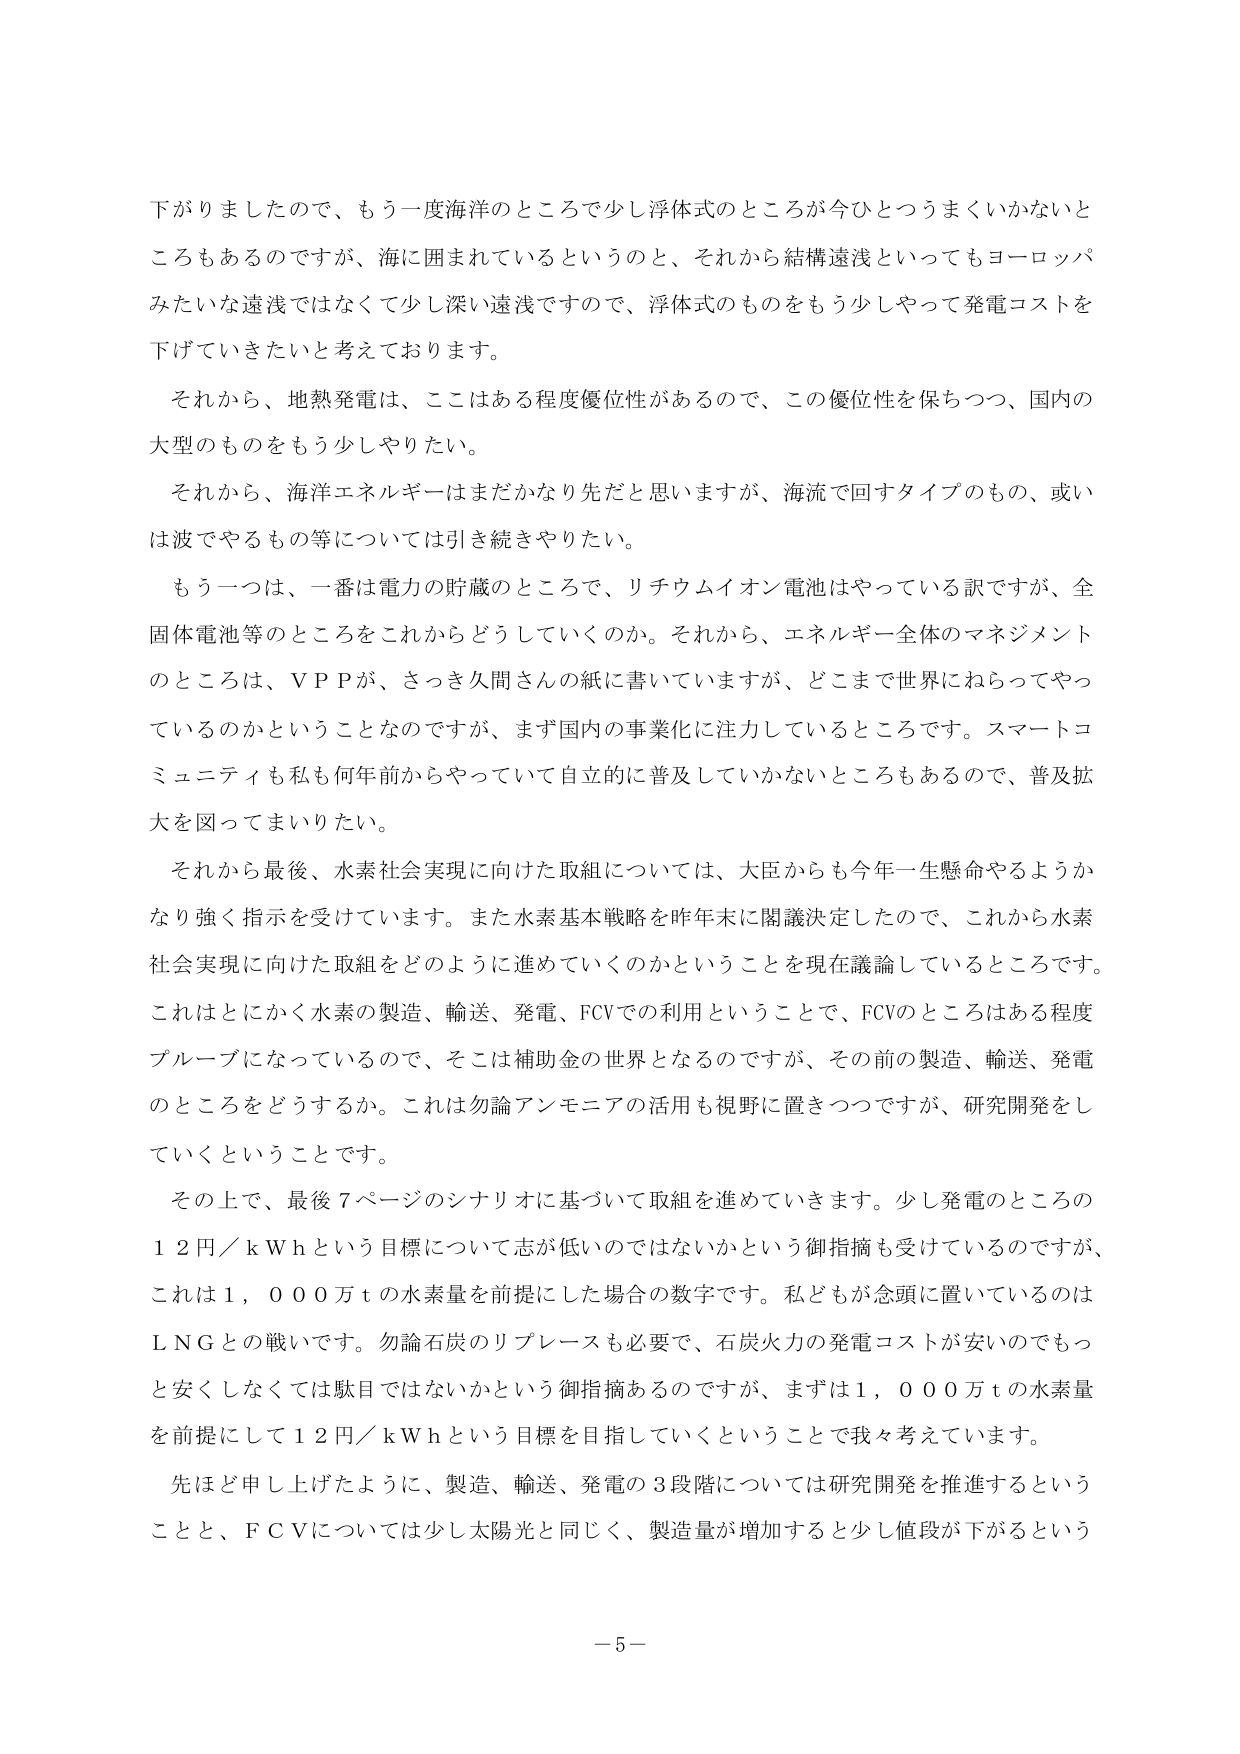
下がりましたので、もう一度海洋のところで少し浮体式のところが今ひとつうまくいかないところもあるのですが、海に囲まれているというのと、それから結構遠浅といってもヨーロッパみたいな遠浅ではなくて少し深い遠浅ですので、浮体式のものをもう少しやって発電コストを下げていきたいと考えております。

それから、地熱発電は、ここはある程度優位性があるので、この優位性を保ちつつ、国内の大型のものをもう少しやりたい。

それから、海洋エネルギーはまだかなり先だと思いますが、海流で回すタイプのもの、或いは波でやるもの等については引き続きやりたい。

もう一つは、一番は電力の貯蔵のところで、リチウムイオン電池はやっている訳ですが、全固体電池等のところをこれからどうしていくのか。それから、エネルギー全体のマネジメントのところは、ＶＰＰが、さっき久間さんの紙に書いていますが、どこまで世界にねらってやっているのかということなのですが、まず国内の事業化に注力しているところです。スマートコミュニティも私も何年前からやっていて自立的に普及していかないところもあるので、普及拡大を図ってまいりたい。

それから最後、水素社会実現に向けた取組については、大臣からも今年一生懸命やるようかなり強く指示を受けています。また水素基本戦略を昨年末に閣議決定したので、これから水素社会実現に向けた取組をどのように進めていくのかということを現在議論しているところです。これはとにかく水素の製造、輸送、発電、FCVでの利用ということで、FCVのところはある程度プルーブになっているので、そこは補助金の世界となるのですが、その前の製造、輸送、発電のところをどうするか。これは勿論アンモニアの活用も視野に置きつつですが、研究開発をしていくということです。

その上で、最後７ページのシナリオに基づいて取組を進めていきます。少し発電のところの１２円／ｋＷｈという目標について志が低いのではないかという御指摘も受けているのですが、これは１，０００万ｔの水素量を前提にした場合の数字です。私どもが念頭に置いているのはＬＮＧとの戦いです。勿論石炭のリプレースも必要で、石炭火力の発電コストが安いのでもっと安くしなくては駄目ではないかという御指摘あるのですが、まずは１，０００万ｔの水素量を前提にして１２円／ｋＷｈという目標を目指していくということで我々考えています。

先ほど申し上げたように、製造、輸送、発電の３段階については研究開発を推進するということと、ＦＣＶについては少し太陽光と同じく、製造量が増加すると少し値段が下がるという

－５－